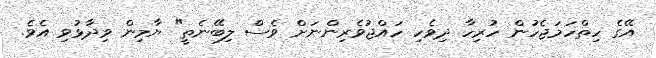
އޭގެ ހިތްހަމަޖެހުން ހުރިހާ ދިވެހި ހައްޖުވެރިންނަށް ވެސް ލިބޭނެތީ" ޔާމިން ވިދާޅުވި އެވެ.